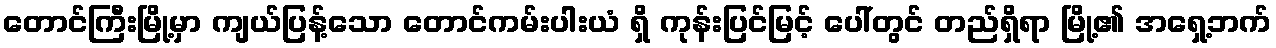
တောင်ကြီးမြို့မှာ ကျယ်ပြန့်သော တောင်ကမ်းပါးယံ ရှိ ကုန်းပြင်မြင့် ပေါ်တွင် တည်ရှိရာ မြို့၏ အရှေ့ဘက်